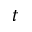
t